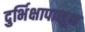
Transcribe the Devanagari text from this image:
दुर्भिक्षापासून